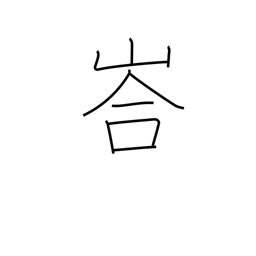
Meaning: mountain cave